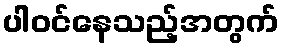
ပါဝင်နေသည့်အတွက်